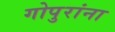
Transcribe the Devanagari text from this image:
गोपुरांना